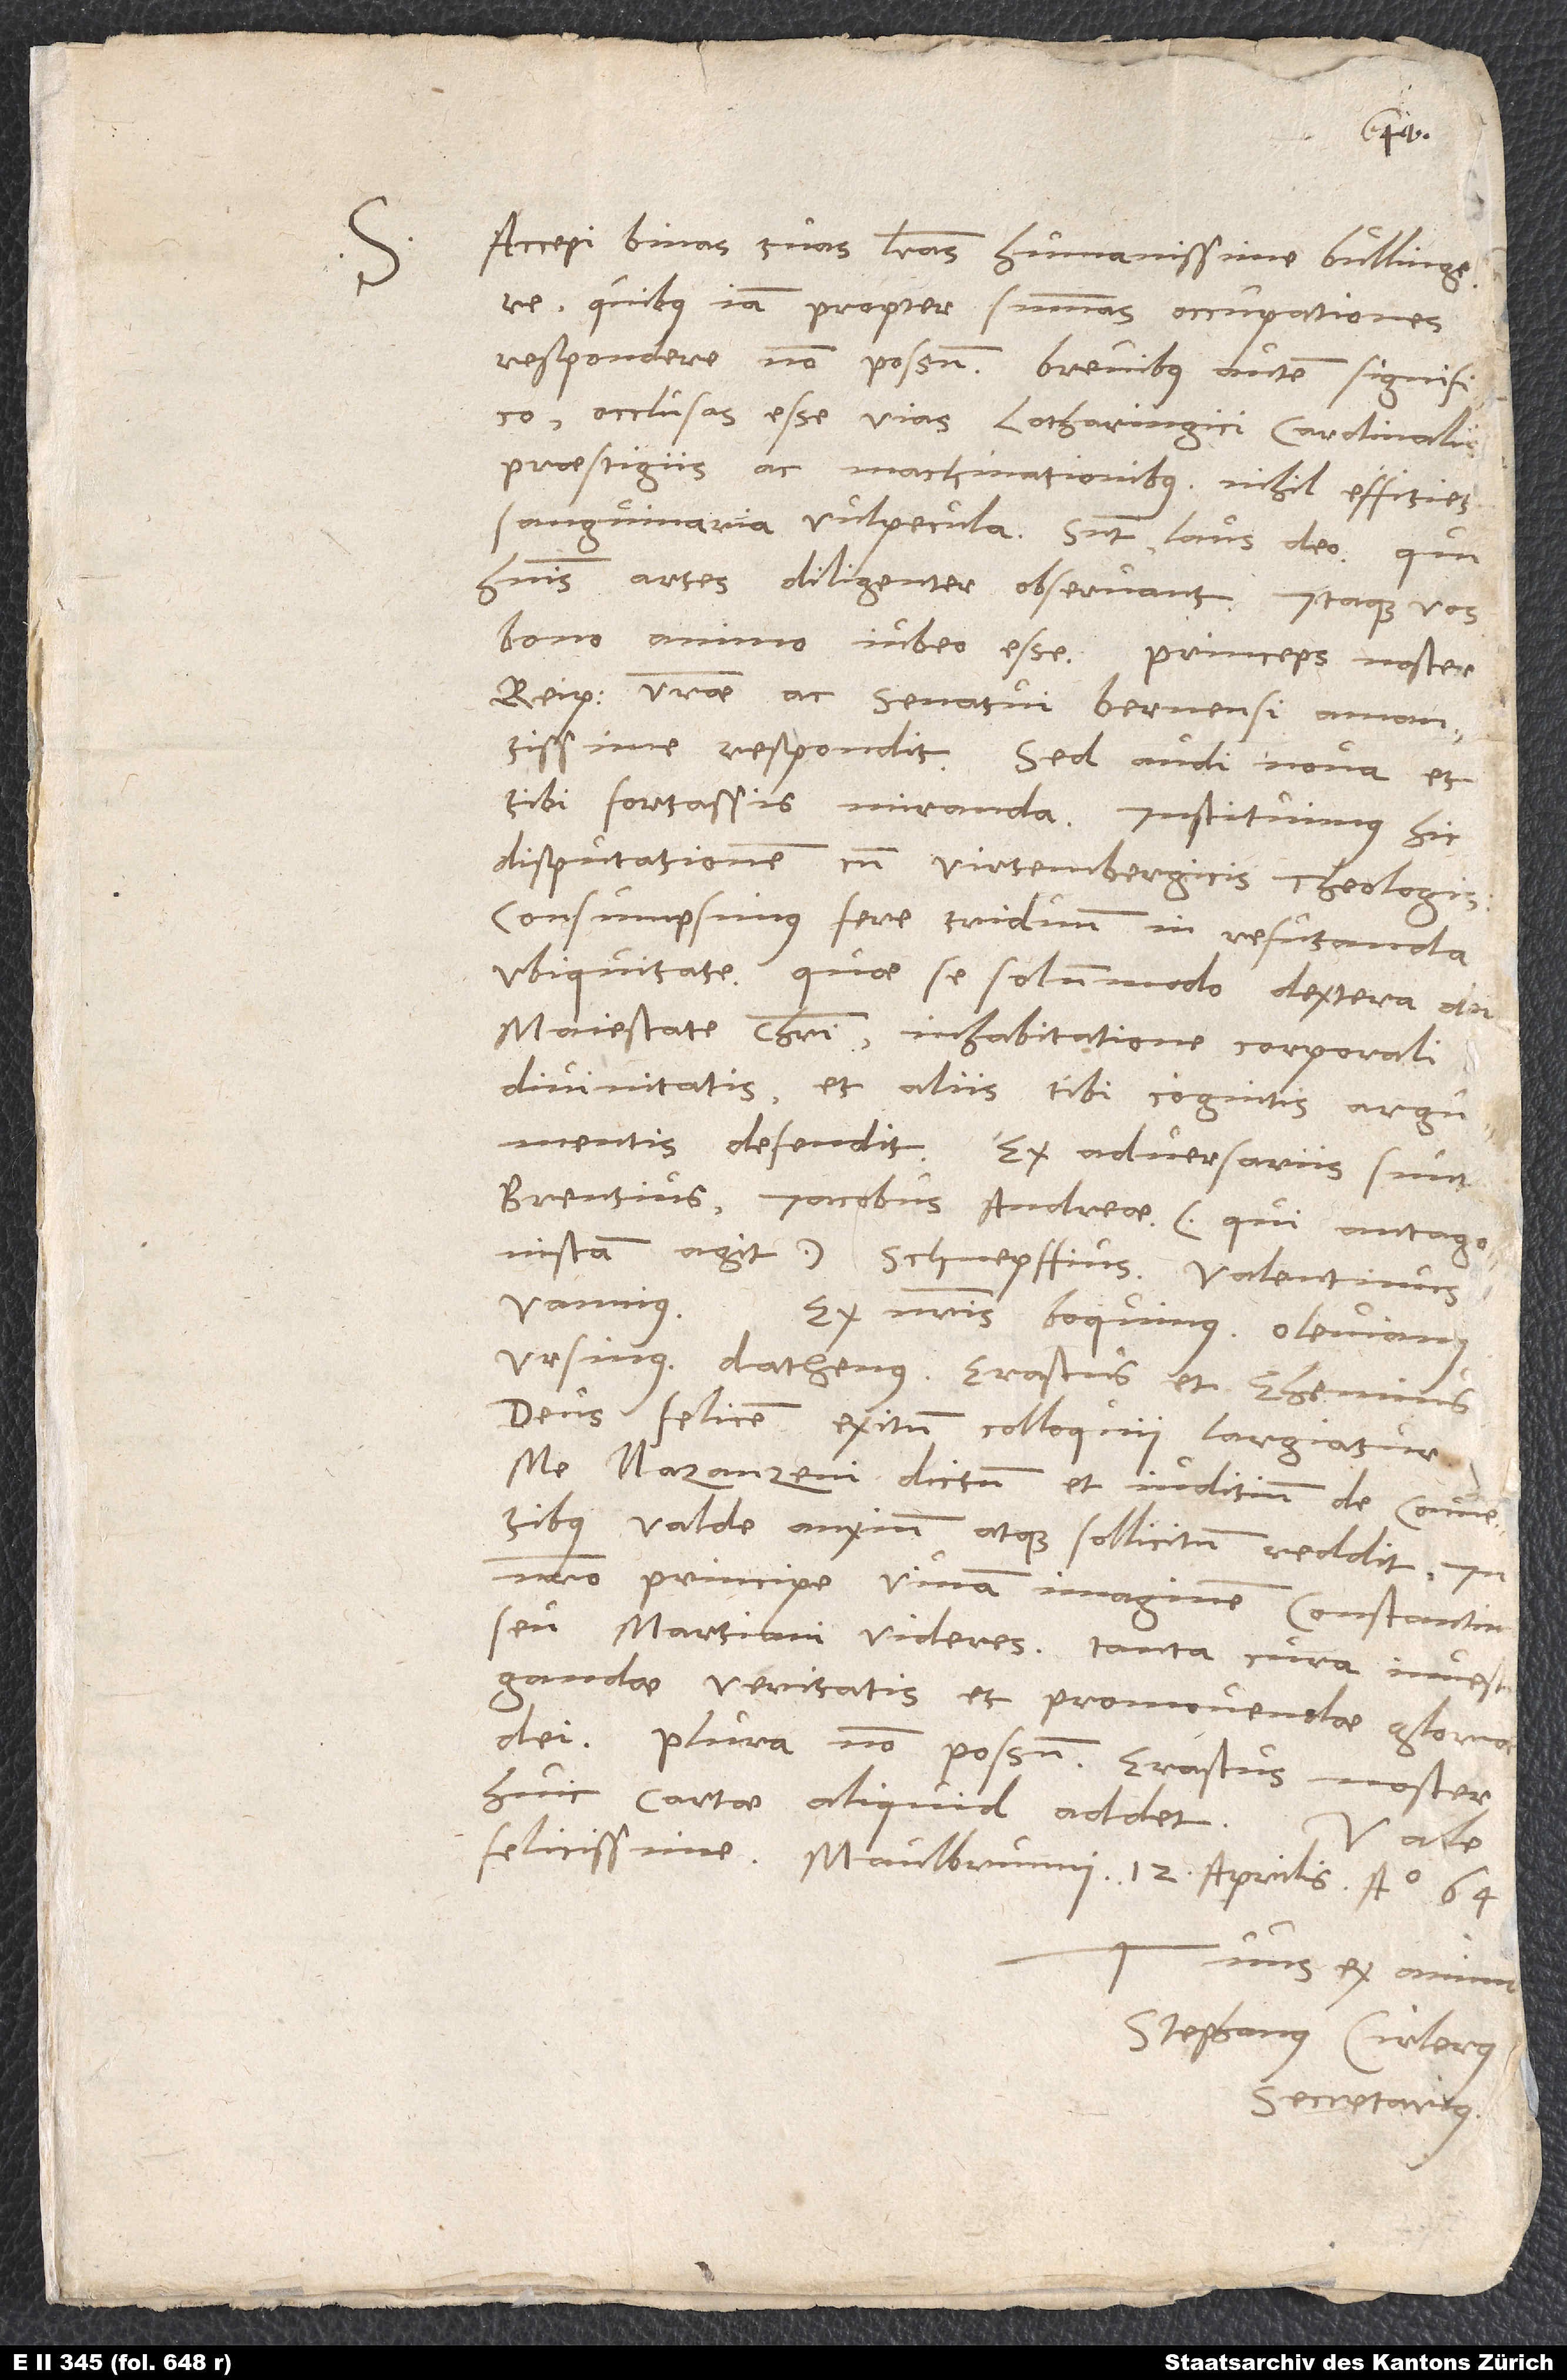
Accepi binas tuas literas, humanissime Bullingere,
quibus iam propter summas occupationes
respondere non possum; breviter autem significo
occlusas esse vias Lotharingici cardinalis
praestigiis ac machinationibus; nihil efficiet
saguinaria vulpecula; sit laus deo, qui
hominis artes diligenter observant. Itaque vos
reipublicae vestrae ac senatui Bernensi amantissime
respondit. Sed audi nova et
tibi fortassis miranda: Instituimus hic
disputationem cum Virtembergicis theologis;
consumpsimus fere triduum in refutanda
ubiquitate, quae se solummodo dextera dei,
maiestate Christi, inhabitatione corporali
divinitatis et aliis tibi cognitis argumentis
Brentius, Iacobus Andreae, qui antagonistam
agit, Schnepffius, Valentinus
Ursinus, Dathenus, Erastus et Ehemius.
Deus felicem exitum colloquii largiatur;
me Nazanzeni dictum et iuditium de conventibus
valde anxium atque sollicitum reddit.
nostro principe vivam imaginem Constantini
seu Martiani videres; tanta cura investigandae
veritatis et promovendae gloriae
huic cartae aliquid addet.
Stephanus Cirlerus,